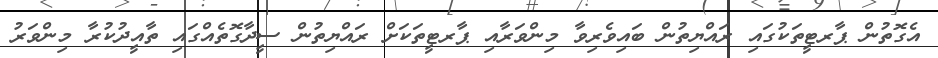
އެގޮތުން ޕާރޓީތަކުގައި ރައްޔިތުން ބައިވެރިވާ މިންވަރާއި ޕާރޓީތަކަށް ރައްޔިތުން ސީދާގޮތެއްގައި ތާއީދުކުރާ މިންވަރު